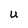
Character: U